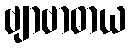
ဗျာဗာဓာယ